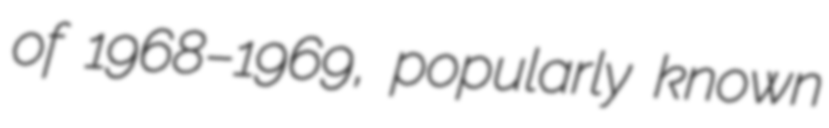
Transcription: of 1968–1969, popularly known